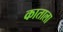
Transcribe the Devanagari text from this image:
काताला